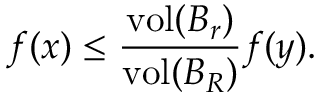
f ( x ) \leq { \frac { \operatorname { v o l } ( B _ { r } ) } { \operatorname { v o l } ( B _ { R } ) } } f ( y ) .